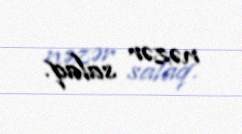
nəzər salaq.